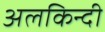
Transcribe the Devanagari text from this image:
अलकिन्दी